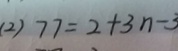
( 2 ) 7 7 = 2 + 3 n - 3